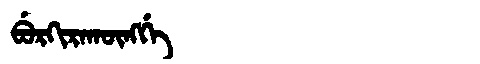
Manchu: ᠪᡠᡵᡴᡳᡵᠠᡴᡡᠩᡤᡝ
Romanization: BURKIRAKŪNGGE